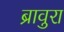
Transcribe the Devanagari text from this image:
ब्रावुरा